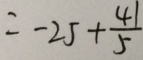
= - 2 5 + \frac { 4 1 } { 5 }